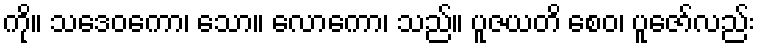
ကို။ သဒေဝကော၊ သော။ လောကော၊ သည်။ ပူဇယတိ စေဝ၊ ပူဇော်လည်း